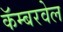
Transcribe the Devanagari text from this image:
कॅम्बरवेल